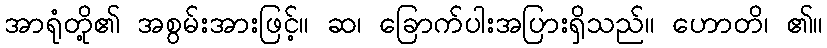
အာရုံတို့၏ အစွမ်းအားဖြင့်။ ဆ၊ ခြောက်ပါးအပြားရှိသည်။ ဟောတိ၊ ၏။